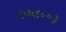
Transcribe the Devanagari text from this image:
७६९००३